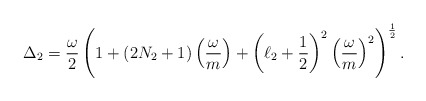
\begin{align*}\Delta_2 = {\omega\over 2 }\left( 1 + (2N_2 + 1) \left({\omega\over m}\right) +\left(\ell_2 + {1\over 2}\right)^2 \left( {\omega \over m} \right)^2\right)^{{1\over 2}} .\end{align*}